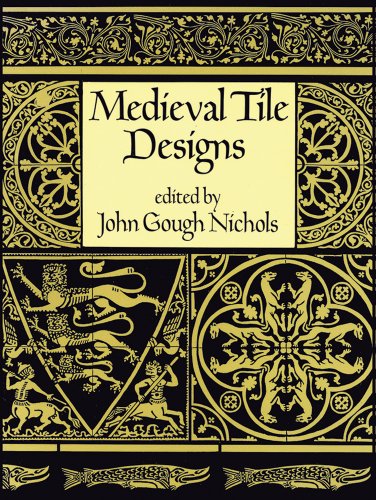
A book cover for Medieval Tile Designs (Dover Pictorial Archive); Arts & Photography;